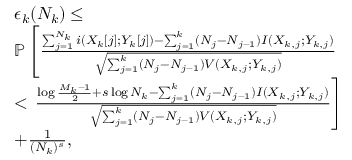
\begin{array} { r l } & { \epsilon _ { k } ( N _ { k } ) \leq } \\ & { \mathbb { P } \left[ \frac { \sum _ { j = 1 } ^ { N _ { k } } i ( X _ { k } [ j ] ; Y _ { k } [ j ] ) - \sum _ { j = 1 } ^ { k } ( N _ { j } - N _ { j - 1 } ) I ( X _ { k , j } ; Y _ { k , j } ) } { \sqrt { \sum _ { j = 1 } ^ { k } ( N _ { j } - N _ { j - 1 } ) V ( X _ { k , j } ; Y _ { k , j } ) } } \right. } \\ & { < \left. \frac { \log \frac { M _ { k } - 1 } { 2 } + s \log N _ { k } - \sum _ { j = 1 } ^ { k } ( N _ { j } - N _ { j - 1 } ) I ( X _ { k , j } ; Y _ { k , j } ) } { \sqrt { \sum _ { j = 1 } ^ { k } ( N _ { j } - N _ { j - 1 } ) V ( X _ { k , j } ; Y _ { k , j } ) } } \right] } \\ & { + \frac { 1 } { ( N _ { k } ) ^ { s } } , } \end{array}